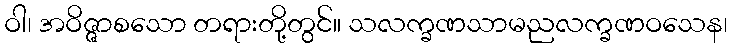
ဝါ၊ အဝိဇ္ဇာစသော တရားတို့တွင်။ သလက္ခဏသာမညလက္ခဏဝသေန၊